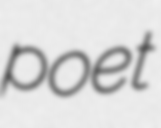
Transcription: poet